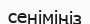
сеніміңіз